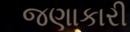
જણાકારી